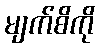
မျက်စိကို